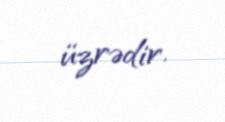
üzrədir.